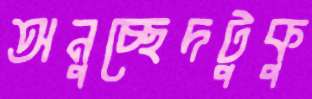
অনুচ্ছেদটুকু